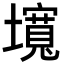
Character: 𡒵